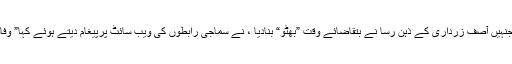
محترم آصف زرداری کے سپوت ، جانشین اورپیپلز پارٹی کے چیئرمین بلاول زرداری، جنہیں آصف زرداری کے ذہنِ رسا نے بتقاضائے وقت ”بھٹو“ بنادیا ، نے سماجی رابطوں کی ویب سائٹ پرپیغام دیتے ہوئے کہا” وفاقی حکومت نے جوبجٹ پیش کیاہے اِس میں صرف اورصرف پنجاب کوہی نوازا گیاہے ۔